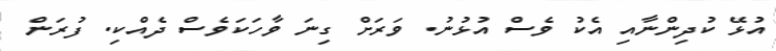
އުޅޭ ކުދިންނާއި އެކު ވެސް އުޅުނު. ވަރަށް ގިނަ ވާހަކަވެސް ދެއްކި. ފުރަން